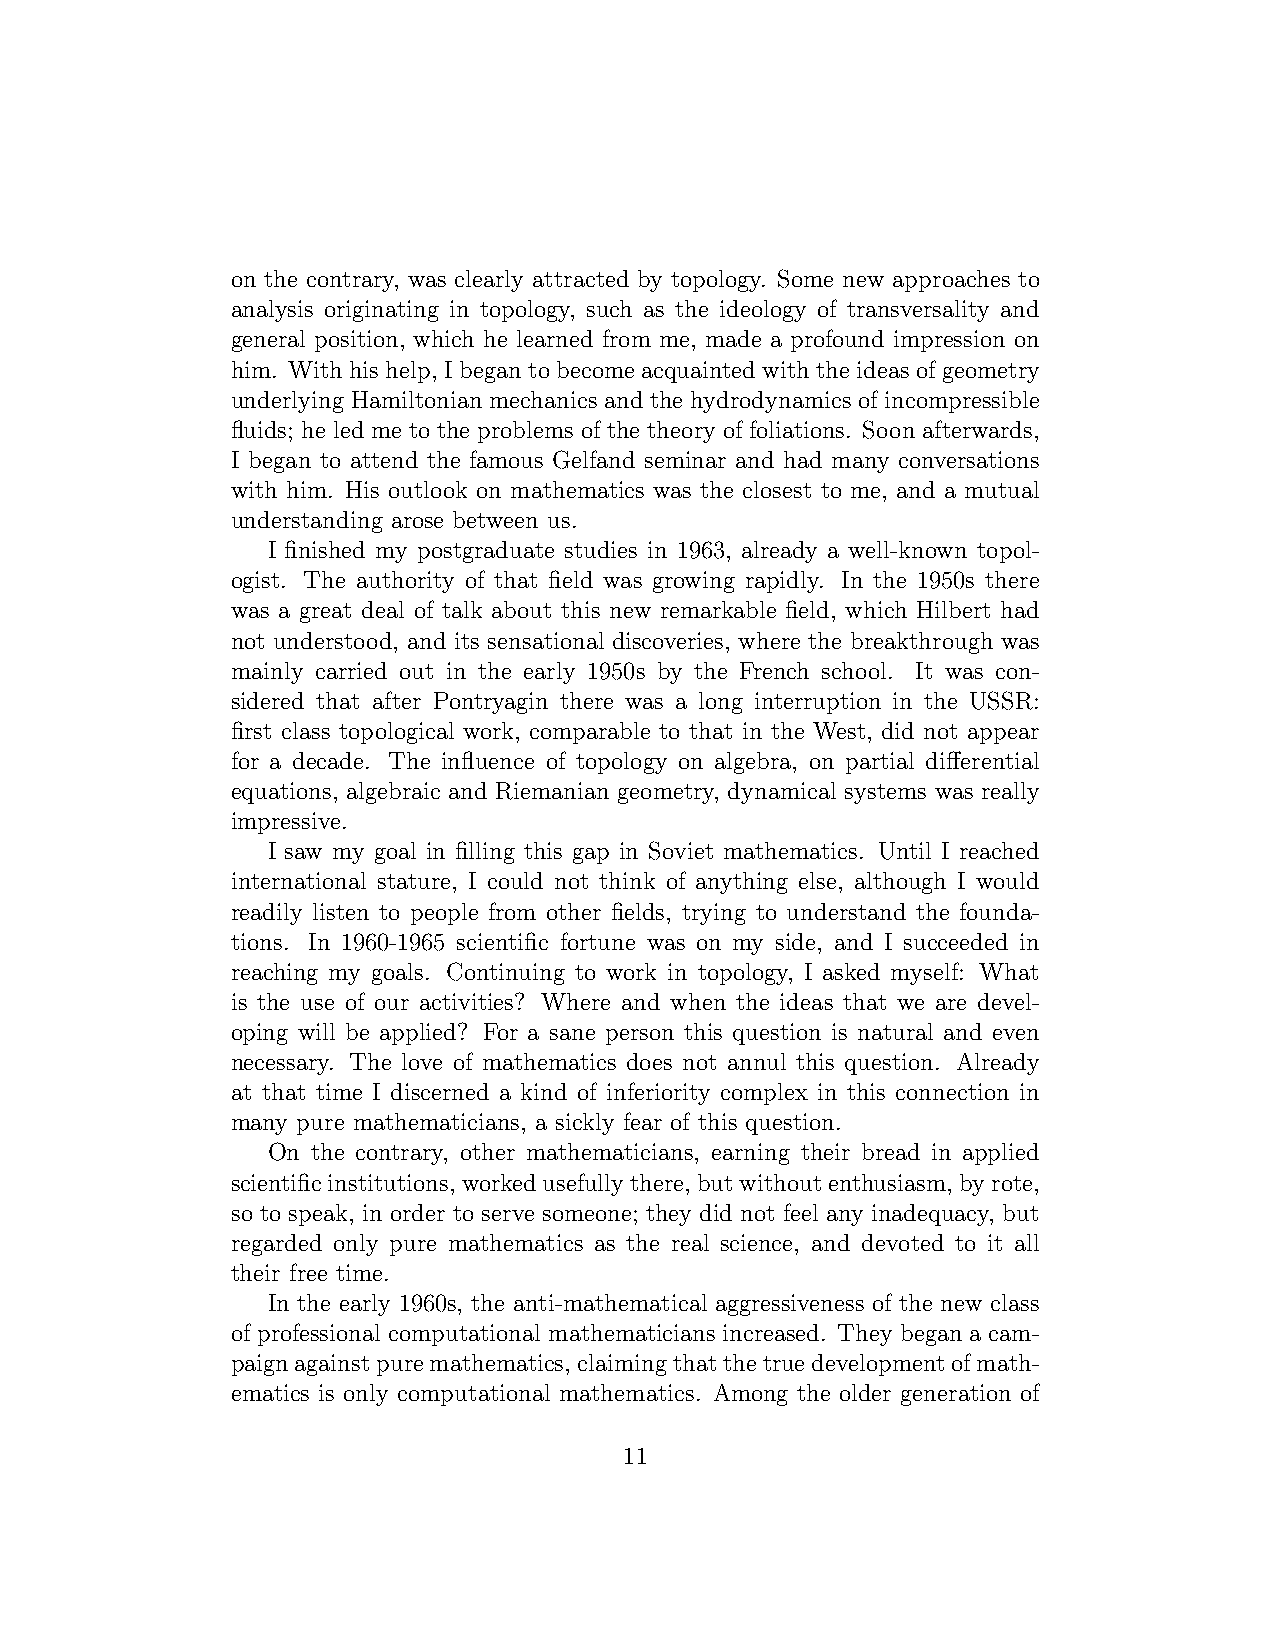
on the contrary, was clearly attracted by topology. Some new approaches to
 analysis originating in topology, such as the ideology of transversality and
 general position, which he learned from me, made a profound impression on
 him. With his help, I began to become acquaintedwith the ideas of geometry
 underlying Hamiltonian mechanics and the hydrodynamics of incompressible
 fluids; he led me to the problems of the theory of foliations. Soon afterwards,
 I began to attend the famous Gelfand seminar and had many conversations
 with him. His outlook on mathematics was the closest to me, and a mutual
 understanding arose between us.
 I finished my postgraduate studies in 1963, already a well-known topol-
 ogist. The authority of that field was growing rapidly. In the 1950s there
 was a great deal of talk about this new remarkable field, which Hilbert had
 not understood, and its sensational discoveries, where the breakthrough was
 mainly carried out in the early 1950s by the French school. It was con-
 sidered that after Pontryagin there was a long interruption in the USSR:
 first class topological work, comparable to that in the West, did not appear
 for a decade. The influence of topology on algebra, on partial differential
 equations, algebraic and Riemanian geometry, dynamical systems was really
 impressive.
 I saw my goal in filling this gap in Soviet mathematics. Until I reached
 international stature, I could not think of anything else, although I would
 readily listen to people from other fields, trying to understand the founda-
 tions. In 1960-1965 scientific fortune was on my side, and I succeeded in
 reaching my goals. Continuing to work in topology, I asked myself: What
 is the use of our activities? Where and when the ideas that we are devel-
 oping will be applied? For a sane person this question is natural and even
 necessary. The love of mathematics does not annul this question. Already
 at that time I discerned a kind of inferiority complex in this connection in
 many pure mathematicians, a sickly fear of this question.
 On the contrary, other mathematicians, earning their bread in applied
 scientificinstitutions, workedusefullythere, butwithoutenthusiasm, byrote,
 so to speak, in order to serve someone; they did not feel any inadequacy, but
 regarded only pure mathematics as the real science, and devoted to it all
 their free time.
 In the early 1960s, the anti-mathematical aggressiveness of the new class
 of professional computational mathematicians increased. They began a cam-
 paignagainstpuremathematics,claimingthatthetruedevelopmentofmath-
 ematics is only computational mathematics. Among the older generation of
 11